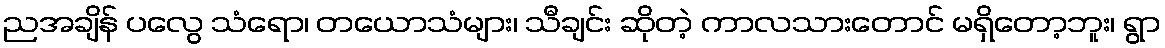
ညအချိန် ပလွေ သံရော၊ တယောသံများ၊ သီချင်း ဆိုတဲ့ ကာလသားတောင် မရှိတော့ဘူး၊ ရွာ